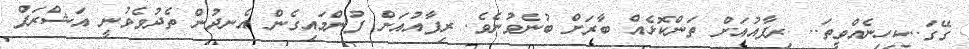
ގޭގަ..ކިހިނެއްވީތަ.. ރިފާއުއަށް ތަންކޮޅެއް ބާރަށް ބުނެވުނެވެ. ރިފާއުއަށް ފުންމައިގެން އެނދުން ތެދުވެވުނީ އަޝްރަފް